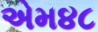
એમ૪૮